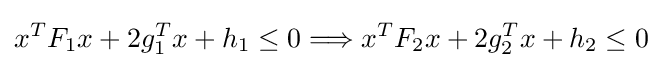
x^{T}F_{1}x+2g_{1}^{T}x+h_{1}\leq 0\Longrightarrow x^{T}F_{2}x+2g_{2}^{T}x+h_{2}\leq 0